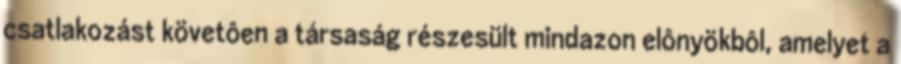
csatlakozást követôen a társaság részesült mindazon elônyökbôl, amelyet a